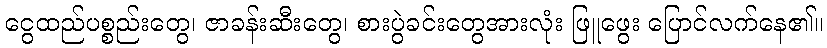
ငွေထည်ပစ္စည်းတွေ၊ ဇာခန်းဆီးတွေ၊ စားပွဲခင်းတွေအားလုံး ဖြူဖွေး ပြောင်လက်နေ၏။